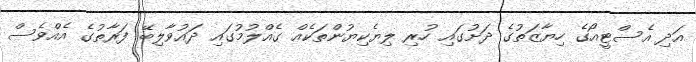
އަދި އެސްޓީއޯގެ ހިޔާޒަތުގެ ދަށުގައި ހުރި ލިޔެކިޔުންތަކެއް ގެއްލުމުގައި ދައުވާލިބޭ ފަރާތުގެ އެއްވެސް